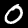
Digit: 0